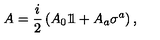
A = { \frac { i } { 2 } } \left( A _ { 0 } 1 \! \! 1 + A _ { a } \sigma ^ { a } \right) ,